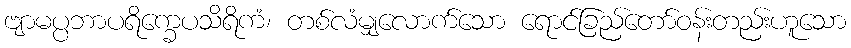
ဗျာမပ္ပဘာပရိက္ခေပသိရိကံ၊ တစ်လံမျှလောက်သော ရောင်ခြည်တော်ဝန်းတည်းဟူသော